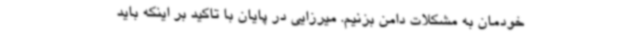
خودمان به مشکلات دامن بزنیم. میرزایی در پایان با تاکید بر اینکه باید